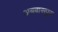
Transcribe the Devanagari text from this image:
अबबासपुरा